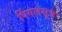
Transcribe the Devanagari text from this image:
पिंगलसूत्र